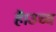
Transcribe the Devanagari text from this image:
है।उच्च